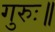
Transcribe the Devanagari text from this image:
गुरुः॥